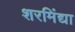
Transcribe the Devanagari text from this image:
शरमिंद्या